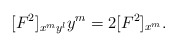
\begin{align*}[F^2]_{x^my^l}y^m=2[F^2]_{x^m}.\end{align*}